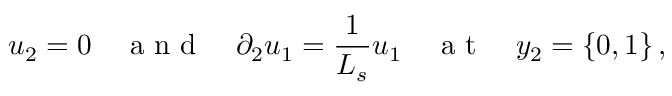
u _ { 2 } = 0 \quad \mathrm { ~ a ~ n ~ d ~ } \quad \partial _ { 2 } u _ { 1 } = \frac { 1 } { L _ { s } } u _ { 1 } \quad \mathrm { ~ a ~ t ~ } \quad y _ { 2 } = \{ 0 , 1 \} \, ,